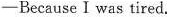
-Because I was tired.